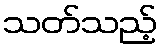
သတ်သည့်